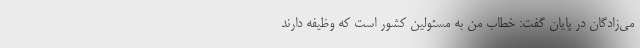
می‌زادگان در پایان گفت: خطاب من به مسئولین کشور است که وظیفه دارند